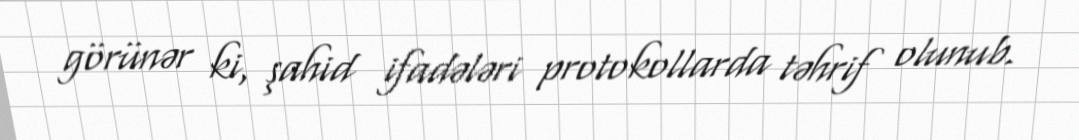
görünər ki, şahid ifadələri protokollarda təhrif olunub.